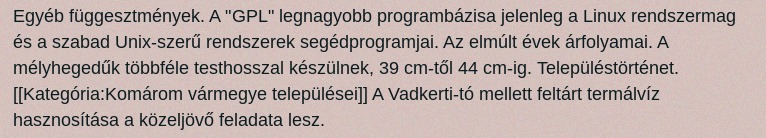
Egyéb függesztmények. A "GPL" legnagyobb programbázisa jelenleg a Linux rendszermag és a szabad Unix-szerű rendszerek segédprogramjai. Az elmúlt évek árfolyamai. A mélyhegedűk többféle testhosszal készülnek, 39 cm-től 44 cm-ig. Településtörténet. [[Kategória:Komárom vármegye települései]] A Vadkerti-tó mellett feltárt termálvíz hasznosítása a közeljövő feladata lesz.